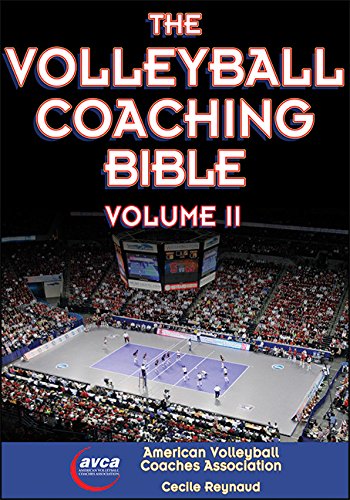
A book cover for Volleyball Coaching Bible, Volume II, The; American Volleyball Coaches Association (AVCA); Sports & Outdoors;